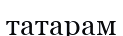
татарам